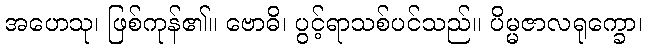
အဟေသု၊ ဖြစ်ကုန်၏။ ဗောဓိ၊ ပွင့်ရာသစ်ပင်သည်။ ပိမ္မဇာလရုက္ခော၊